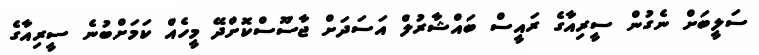
ސަލީބަށް ނެގުން ސީރިއާގެ ރައީސް ބައްޝާރުލް އަސަދަށް ޖާސޫސްކޮށްދޭ މީހެއް ކަމަށްބުނެ ސީރިއާގެ